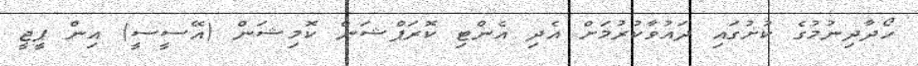
ހޯދާދިނުމުގެ ކުށުގައި ދައުވާކުރުމަށް އެދި އެންޓި ކޮރަޕްޝަން ކޮމިޝަން (އޭސީސީ) އިން ޕީޖީ